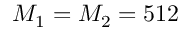
M _ { 1 } = M _ { 2 } = 5 1 2